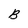
Character: B